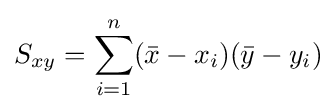
S_{xy}=\sum _{i=1}^{n}({\bar {x}}-x_{i})({\bar {y}}-y_{i})